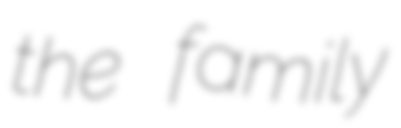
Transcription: the family